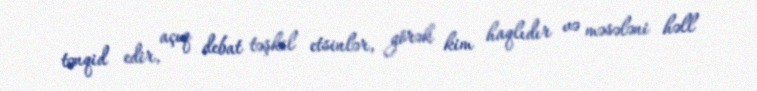
tənqid edir, açıq debat təşkil etsinlər, görək kim haqlıdır və məsələni həll